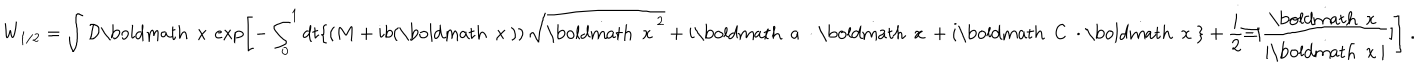
W _ { 1 / 2 } = \int { \cal D } { \mathrm { \boldmath ~ x ~ } } \exp \left[ - \int _ { 0 } ^ { 1 } d t \{ \left( M + i b ( { \mathrm { \boldmath ~ x ~ } } ) \right) \sqrt { \dot { { \mathrm { \boldmath ~ x ~ } } } ^ { 2 } } + i { \mathrm { \boldmath ~ a ~ } } \cdot \dot { \mathrm { \boldmath ~ x ~ } } + i { \mathrm { \boldmath ~ C ~ } } \cdot \dot { \mathrm { \boldmath ~ x ~ } } \} + \frac { i } { 2 } \Xi [ \frac { \dot { { \mathrm { \boldmath ~ x ~ } } } } { | \dot { { \mathrm { \boldmath ~ x ~ } } } | } ] \right] \; .